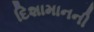
દિશામાનની